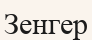
Зенгер